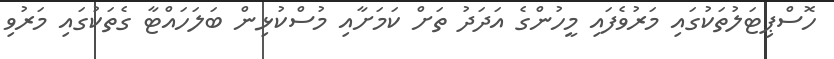
ހޮސްޕިޓަލުތަކުގައި މަރުވެފައި މީހުންގެ އަދަދު ތަށް ކަމަށާއި މުސްކުޅިން ބަލަހައްޓާ ގެތަކުގައި މަރުވި